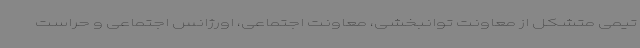
تیمی متشکل از معاونت توانبخشی، معاونت اجتماعی، اورژانس اجتماعی و حراست